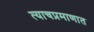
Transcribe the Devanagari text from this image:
त्याचप्रमाणात